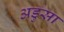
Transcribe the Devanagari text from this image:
अडुसा